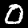
Label: 0